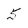
Character: 5